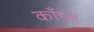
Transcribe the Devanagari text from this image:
काँहन